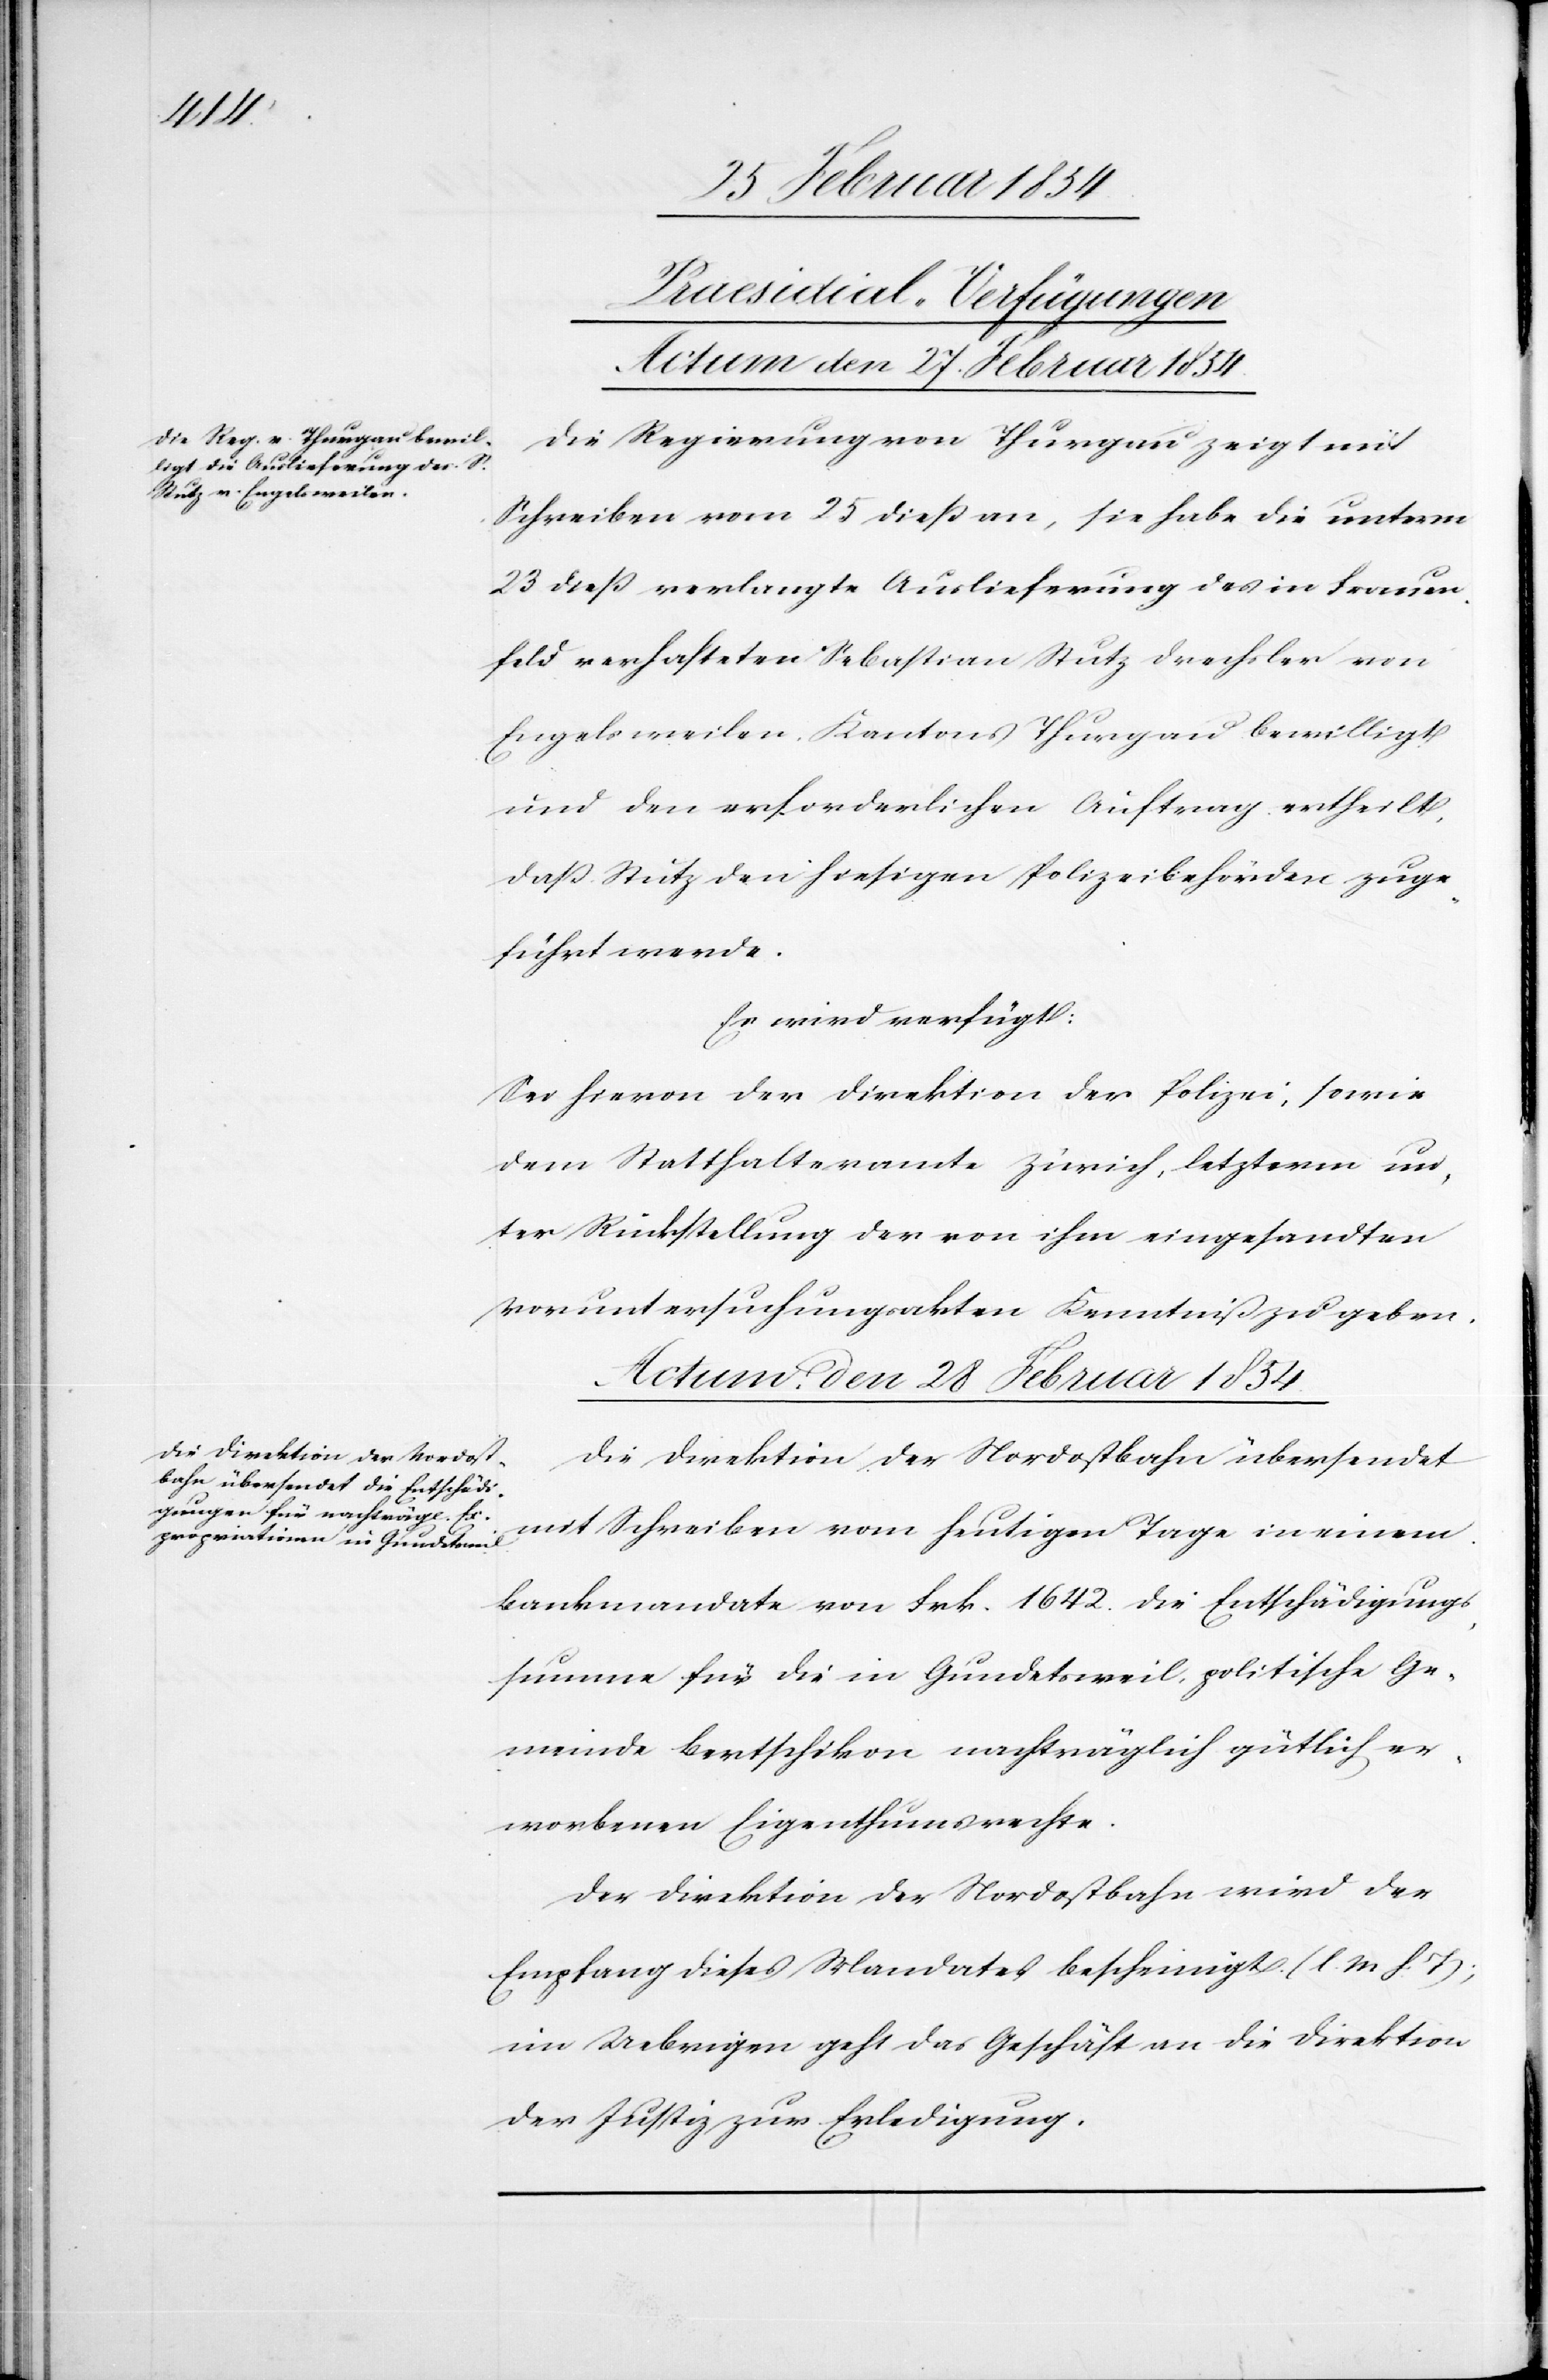
[Praesidial-Verfügungen]
Actum, den 28 Februar 1854.
Die Regierung von Thurgau zeigt mit
Schreiben vom 25 dieß an, sie habe die unterm
23 dieß verlangte Auslieferung des in Frauen¬
feld verhafteten Sebastian Stutz Drechsler von
Engelsweilen, Kantons Thurgau bewilligt
und den erforderlichen Auftrag ertheilt,
daß Stutz den hiesigen Polizeibehörden zuge¬
führt werde.
Es wird verfügt:
Sei hievon der Direktion der Polizei, sowie
dem Statthalteramte Zürich, letzterm un¬
ter Rückstellung der von ihm eingesandten
Voruntersuchungsakten Kenntniß zu geben.
Die Direktion der Nordostbahn übersendet
mit Schreiben vom heutigen Tage in einem
Bankmandate von Frk. 1642. die Entschädigungs¬
summe für die in Gundetsweil politische Ge¬
meinde Bertschikon nachträglich gütlich er¬
worbenen Eigenthumsrechte.
Der Direktion der Nordostbahn wird der
Empfang dieses Mandates bescheinigt. (l. M. h. T.);
im Uebrigen geht das Geschäft an die Direktion
der Justiz zur Erledigung.